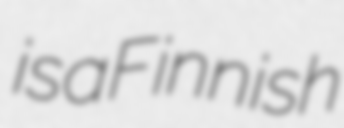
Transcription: is a Finnish